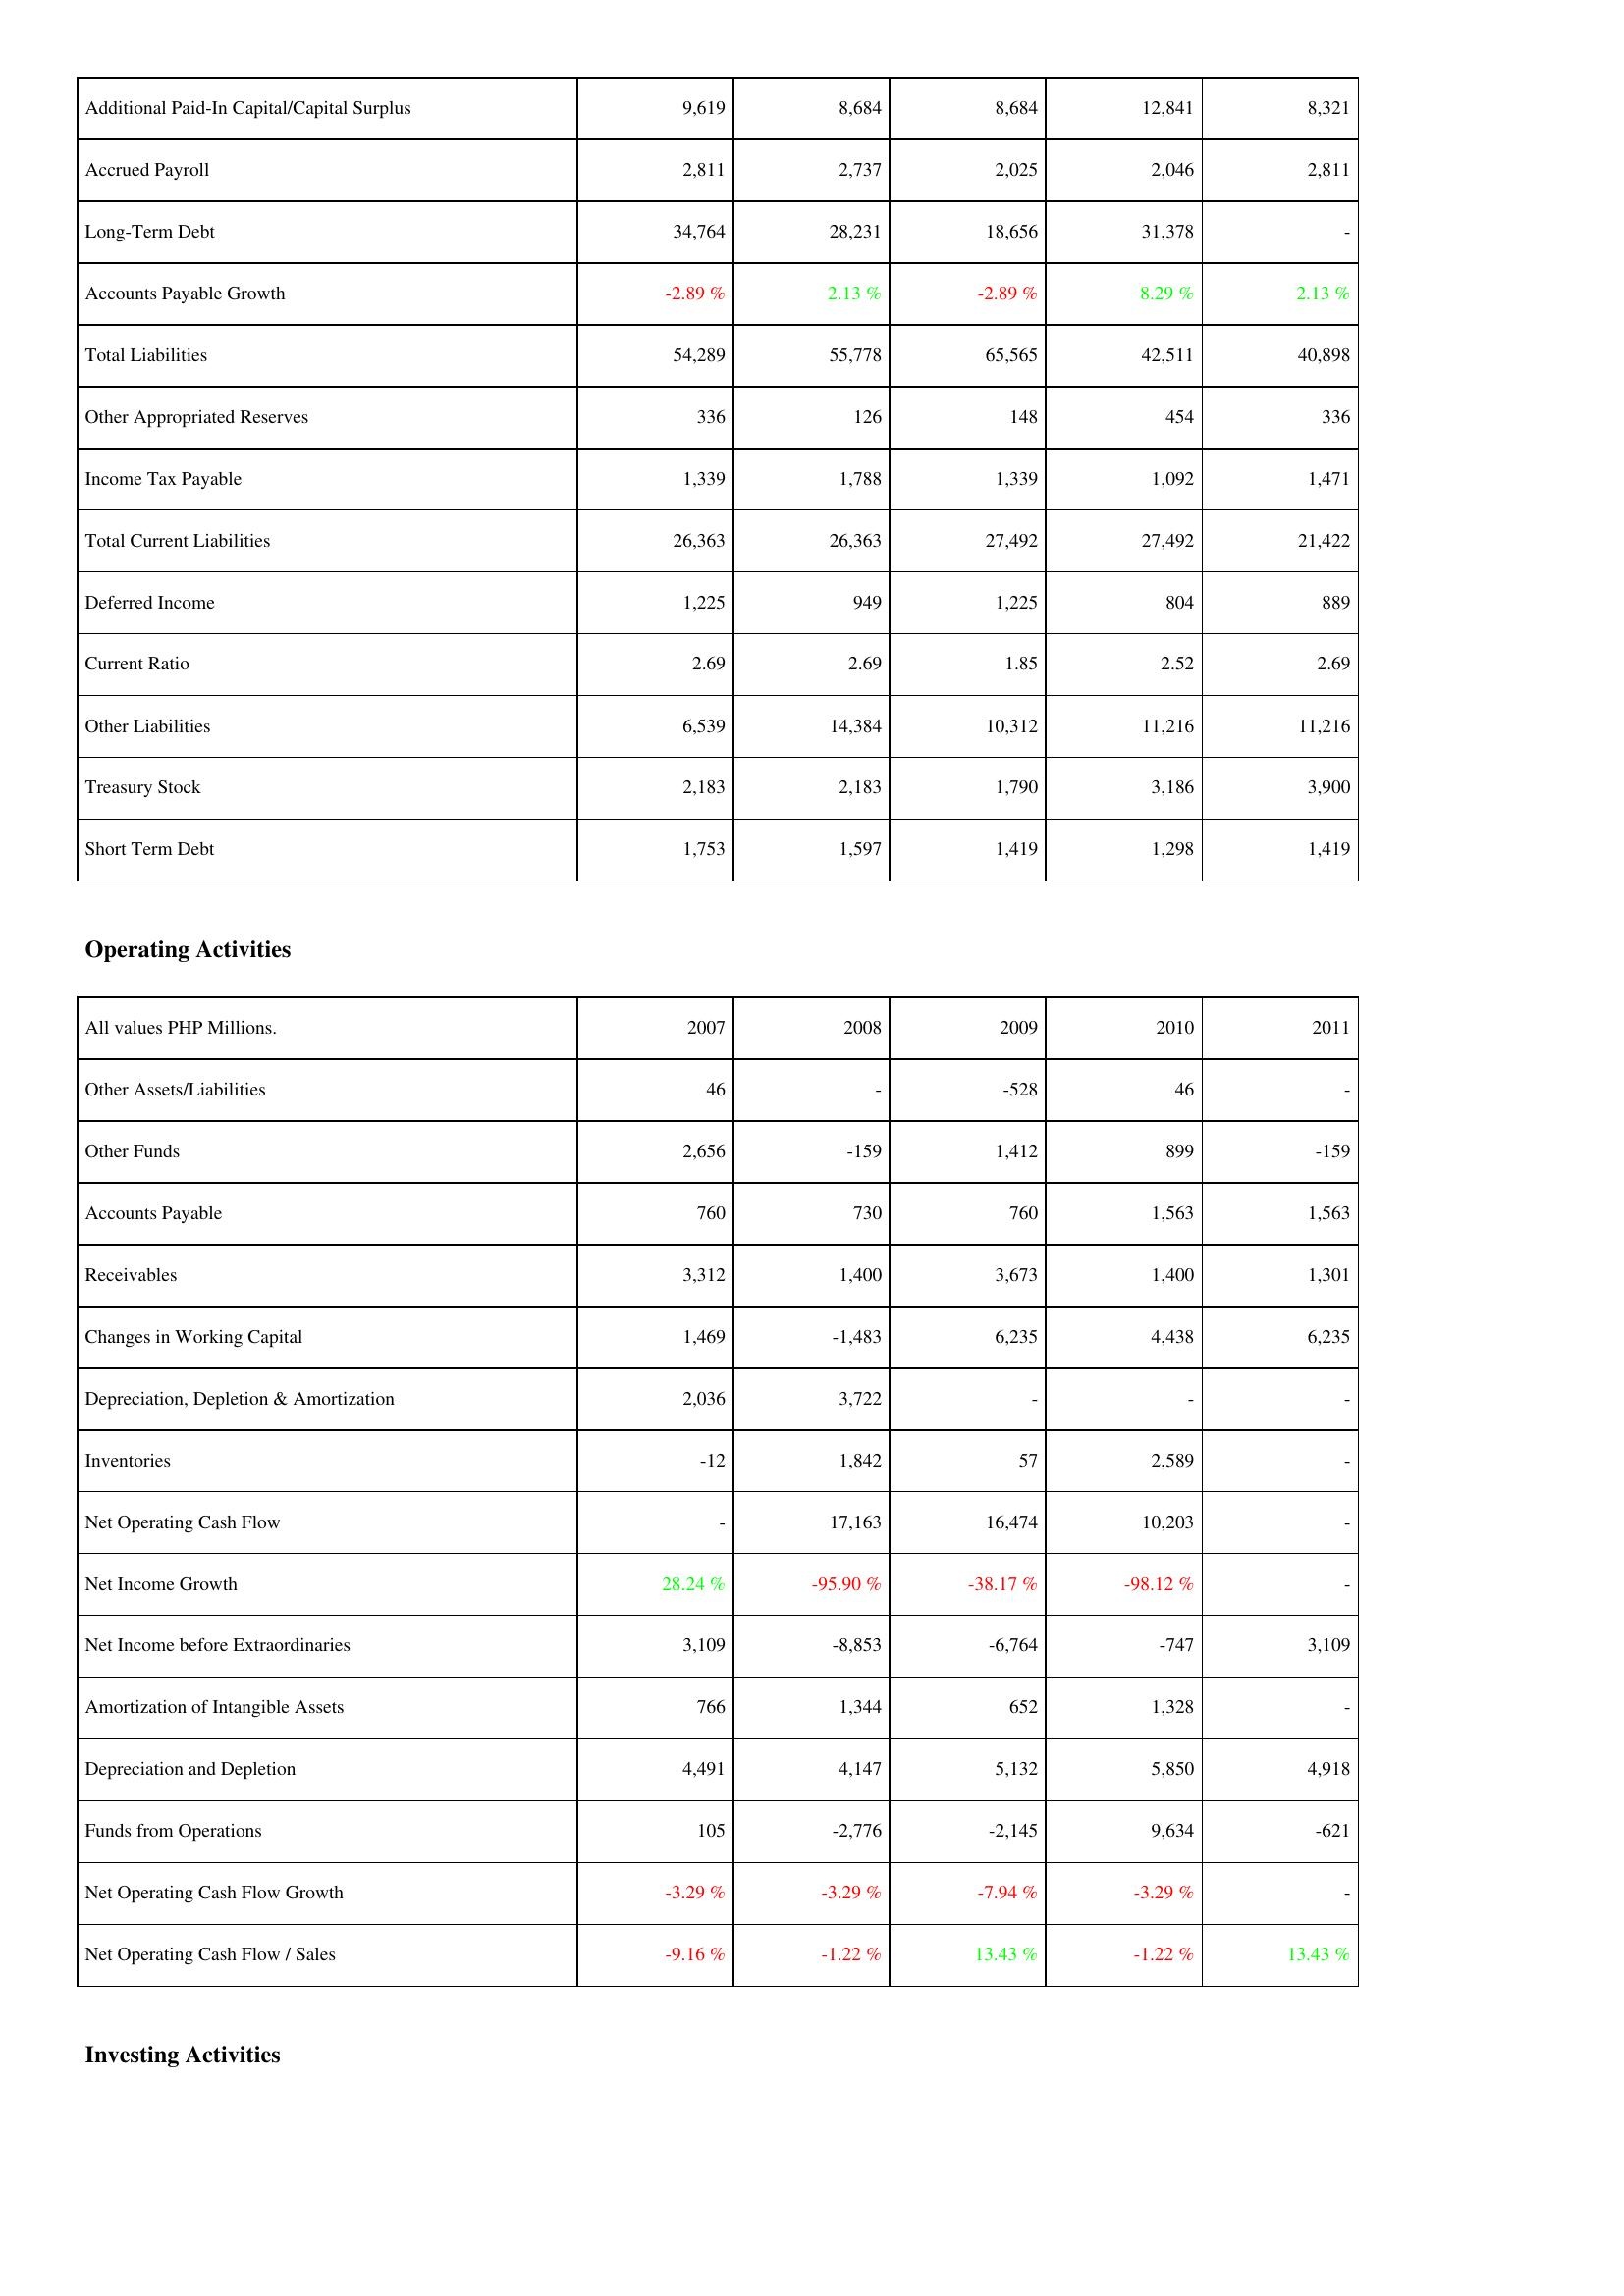
2007: Liabilities & Shareholders' Equity: Additional Paid-In Capital/Capital Surplus: 9,619
Accrued Payroll: 2,811
Long-Term Debt: 34,764
Accounts Payable Growth: -2.89 %
Total Liabilities: 54,289
Other Appropriated Reserves: 336
Income Tax Payable: 1,339
Total Current Liabilities: 26,363
Deferred Income: 1,225
Current Ratio: 2.69
Other Liabilities: 6,539
Treasury Stock: 2,183
Short Term Debt: 1,753
Operating Activities: Other Assets/Liabilities: 46
Other Funds: 2,656
Accounts Payable: 760
Receivables: 3,312
Changes in Working Capital: 1,469
Depreciation, Depletion & Amortization: 2,036
Inventories: -12
Net Operating Cash Flow: -
Net Income Growth: 28.24 %
Net Income before Extraordinaries: 3,109
Amortization of Intangible Assets: 766
Depreciation and Depletion: 4,491
Funds from Operations: 105
Net Operating Cash Flow Growth: -3.29 %
Net Operating Cash Flow / Sales: -9.16 %
2008: Liabilities & Shareholders' Equity: Additional Paid-In Capital/Capital Surplus: 8,684
Accrued Payroll: 2,737
Long-Term Debt: 28,231
Accounts Payable Growth: 2.13 %
Total Liabilities: 55,778
Other Appropriated Reserves: 126
Income Tax Payable: 1,788
Total Current Liabilities: 26,363
Deferred Income: 949
Current Ratio: 2.69
Other Liabilities: 14,384
Treasury Stock: 2,183
Short Term Debt: 1,597
Operating Activities: Other Assets/Liabilities: -
Other Funds: -159
Accounts Payable: 730
Receivables: 1,400
Changes in Working Capital: -1,483
Depreciation, Depletion & Amortization: 3,722
Inventories: 1,842
Net Operating Cash Flow: 17,163
Net Income Growth: -95.90 %
Net Income before Extraordinaries: -8,853
Amortization of Intangible Assets: 1,344
Depreciation and Depletion: 4,147
Funds from Operations: -2,776
Net Operating Cash Flow Growth: -3.29 %
Net Operating Cash Flow / Sales: -1.22 %
2009: Liabilities & Shareholders' Equity: Additional Paid-In Capital/Capital Surplus: 8,684
Accrued Payroll: 2,025
Long-Term Debt: 18,656
Accounts Payable Growth: -2.89 %
Total Liabilities: 65,565
Other Appropriated Reserves: 148
Income Tax Payable: 1,339
Total Current Liabilities: 27,492
Deferred Income: 1,225
Current Ratio: 1.85
Other Liabilities: 10,312
Treasury Stock: 1,790
Short Term Debt: 1,419
Operating Activities: Other Assets/Liabilities: -528
Other Funds: 1,412
Accounts Payable: 760
Receivables: 3,673
Changes in Working Capital: 6,235
Depreciation, Depletion & Amortization: -
Inventories: 57
Net Operating Cash Flow: 16,474
Net Income Growth: -38.17 %
Net Income before Extraordinaries: -6,764
Amortization of Intangible Assets: 652
Depreciation and Depletion: 5,132
Funds from Operations: -2,145
Net Operating Cash Flow Growth: -7.94 %
Net Operating Cash Flow / Sales: 13.43 %
2010: Liabilities & Shareholders' Equity: Additional Paid-In Capital/Capital Surplus: 12,841
Accrued Payroll: 2,046
Long-Term Debt: 31,378
Accounts Payable Growth: 8.29 %
Total Liabilities: 42,511
Other Appropriated Reserves: 454
Income Tax Payable: 1,092
Total Current Liabilities: 27,492
Deferred Income: 804
Current Ratio: 2.52
Other Liabilities: 11,216
Treasury Stock: 3,186
Short Term Debt: 1,298
Operating Activities: Other Assets/Liabilities: 46
Other Funds: 899
Accounts Payable: 1,563
Receivables: 1,400
Changes in Working Capital: 4,438
Depreciation, Depletion & Amortization: -
Inventories: 2,589
Net Operating Cash Flow: 10,203
Net Income Growth: -98.12 %
Net Income before Extraordinaries: -747
Amortization of Intangible Assets: 1,328
Depreciation and Depletion: 5,850
Funds from Operations: 9,634
Net Operating Cash Flow Growth: -3.29 %
Net Operating Cash Flow / Sales: -1.22 %
2011: Liabilities & Shareholders' Equity: Additional Paid-In Capital/Capital Surplus: 8,321
Accrued Payroll: 2,811
Long-Term Debt: -
Accounts Payable Growth: 2.13 %
Total Liabilities: 40,898
Other Appropriated Reserves: 336
Income Tax Payable: 1,471
Total Current Liabilities: 21,422
Deferred Income: 889
Current Ratio: 2.69
Other Liabilities: 11,216
Treasury Stock: 3,900
Short Term Debt: 1,419
Operating Activities: Other Assets/Liabilities: -
Other Funds: -159
Accounts Payable: 1,563
Receivables: 1,301
Changes in Working Capital: 6,235
Depreciation, Depletion & Amortization: -
Inventories: -
Net Operating Cash Flow: -
Net Income Growth: -
Net Income before Extraordinaries: 3,109
Amortization of Intangible Assets: -
Depreciation and Depletion: 4,918
Funds from Operations: -621
Net Operating Cash Flow Growth: -
Net Operating Cash Flow / Sales: 13.43 %